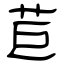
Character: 苣